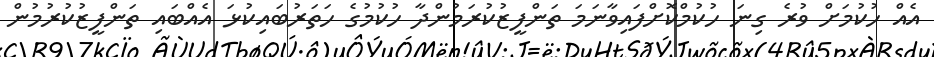
އެއް ހުކުމަށް ވުރެ ގިނަ ހުކުމްކޮށްފައިވާނަމަ ތަންފީޒުކުރަމުންދާ ހުކުމުގެ ހަތަރުބައިކުޅަ އެއްބައި ތަންފީޒުކުރުމުން